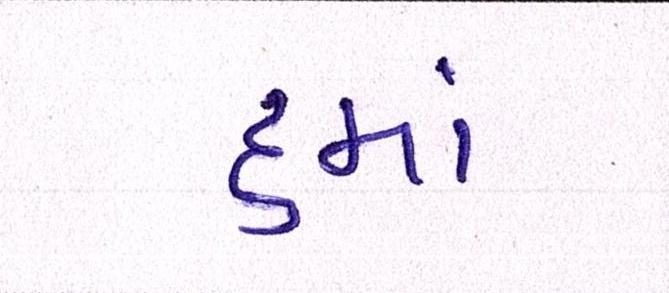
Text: ૬માં